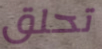
تحلق